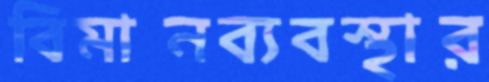
বিমানব্যবস্থার